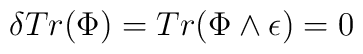
\delta Tr(\Phi) = Tr(\Phi \wedge \epsilon) = 0